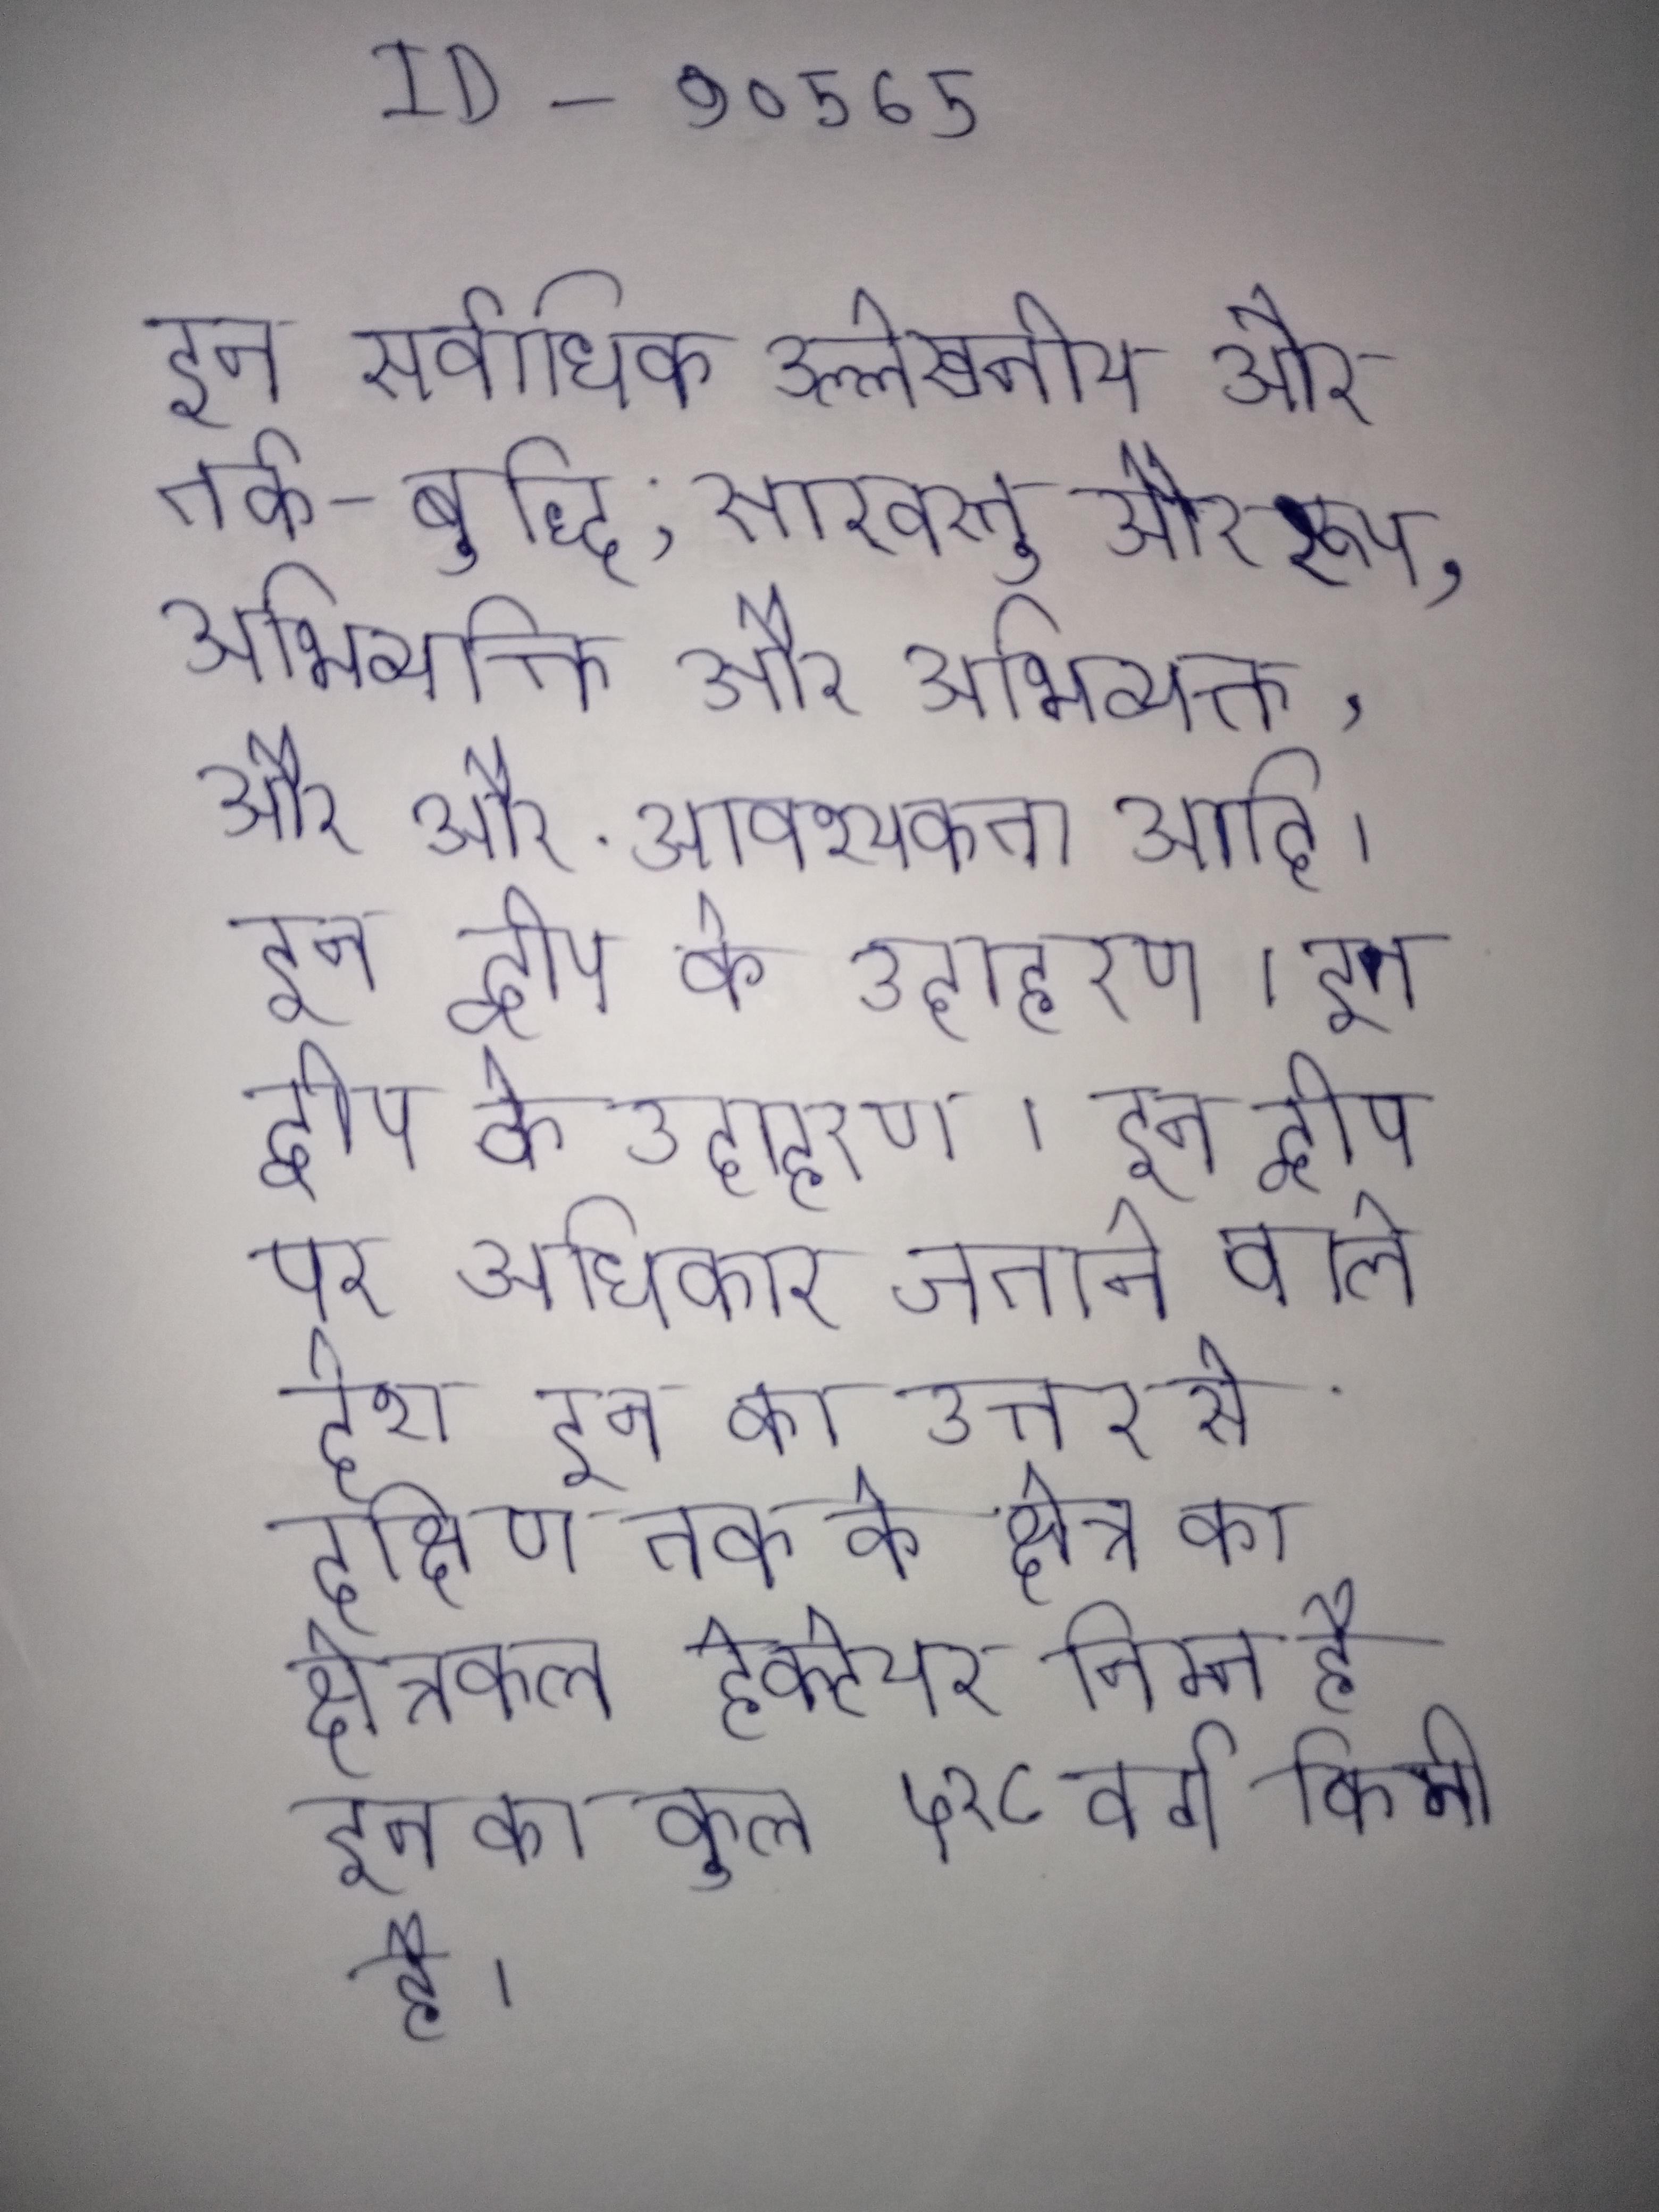
इन सर्वाधिक उल्लेखनीय और तर्क-बुद्धि, सारवस्तु और रूप, अभिव्यक्ति और अभिव्यक्त, और और आवश्यकता आदि । इन द्वीप के उदाहरण । इन द्वीप पर अधिकार जताने वाले देश इन का उत्तर से दक्षिण तक के क्षेत्र का क्षेत्रफल हेक्टेयर निम्न है इन का कुल ५२८ वर्ग किमी है ।